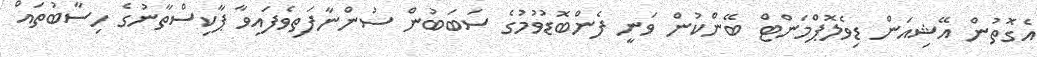
އެގޮތުން އޭޝިއަން ޑިވެލޮޕްމަންޓް ބޭންކުން ވަނީ ފެންބޮޑުވުމުގެ ސަބަބުން ސުންނާފަތިވެފައިވާ ޕާކިސްތާނުގެ ހިސާބުތައް